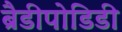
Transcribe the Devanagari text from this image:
ब्रैडीपोडिडी